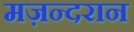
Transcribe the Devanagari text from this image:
मज़न्दरान